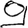
Digit: 9